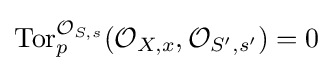
\operatorname {Tor} _{p}^{{\mathcal {O}}_{S,s}}({\mathcal {O}}_{X,x},{\mathcal {O}}_{S',s'})=0